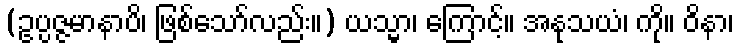
(ဥပ္ပဇ္ဇမာနာပိ၊ ဖြစ်သော်လည်း။) ယသ္မာ၊ ကြောင့်။ အနုသယံ၊ ကို။ ဝိနာ၊